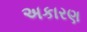
અકારણ